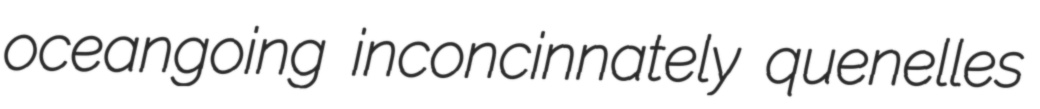
oceangoing inconcinnately quenelles